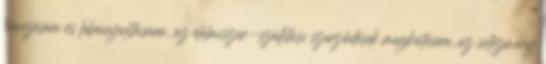
tervezésére és lebonyolítására, az élelmiszer-szállítási szerződések megkötésére, az intézmény